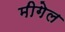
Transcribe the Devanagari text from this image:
मीगेल